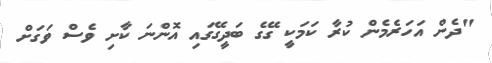
"ދެން އަހަރެމެން ކުރާ ކަމަކީ ގޭގެ ބަދީގޭގައި އޮންނަ ކާށި ވެސް ވަގަށް